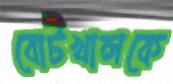
বোটখালকে